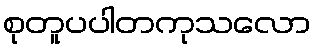
စုတူပပါတကုသလော